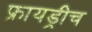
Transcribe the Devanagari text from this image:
फ्रायड्रीच